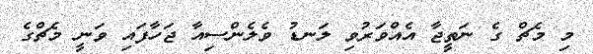
މި މެޗް ގެ ނަތީޖާ އެއްވަރުވި ލަނޑު ވެލެންސިއާ ޖަހާފައި ވަނީ މެޗްގެ